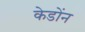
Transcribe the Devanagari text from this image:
केडोंन